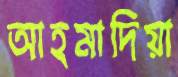
আহমাদিয়া